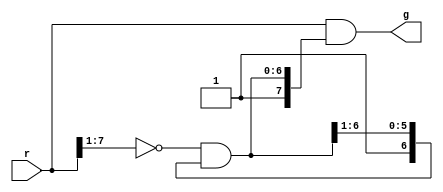
`timescale 1ns / 1ps
//////////////////////////////////////////////////////////////////////////////////
// Company: 
// Engineer: 
// 
// Design Name: 
// Module Name: RArb
// Project Name: 
// Target Devices: 
// Tool Versions: 
// Description: 
// 
// Dependencies: 
// 
// Revision:
// Revision 0.01 - File Created
// Additional Comments:
// 
//////////////////////////////////////////////////////////////////////////////////


module RArb(r, g) ;
    parameter n = 8 ;
    input [n-1:0] r ;
    output [n-1:0] g ;
    wire [n-1:0] c = {1'b1, (~r[n-1:1] & c[n-1:1])} ;
    wire [n-1:0] g = r & c ;
endmodule